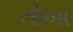
તોબા